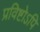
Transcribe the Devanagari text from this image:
प्रविष्टोऽपि